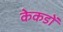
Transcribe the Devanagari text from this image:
केकडों